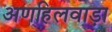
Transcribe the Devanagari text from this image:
अणहिलवाड़ा